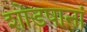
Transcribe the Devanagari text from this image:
शोडषानां